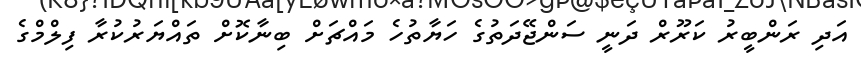
އަދި ރަންބީރު ކަރޫރް ދަނީ ސަންޖޭދަތުގެ ހަޔާތުހެ މައްޗަށް ބިނާކޮށް ތައްޔަރުކުރާ ފިލްމްގެ